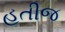
હતીજ